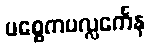
ပစ္စေကပလ္လင်္ကေန